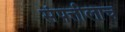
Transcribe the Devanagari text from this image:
संपत्तीलाच